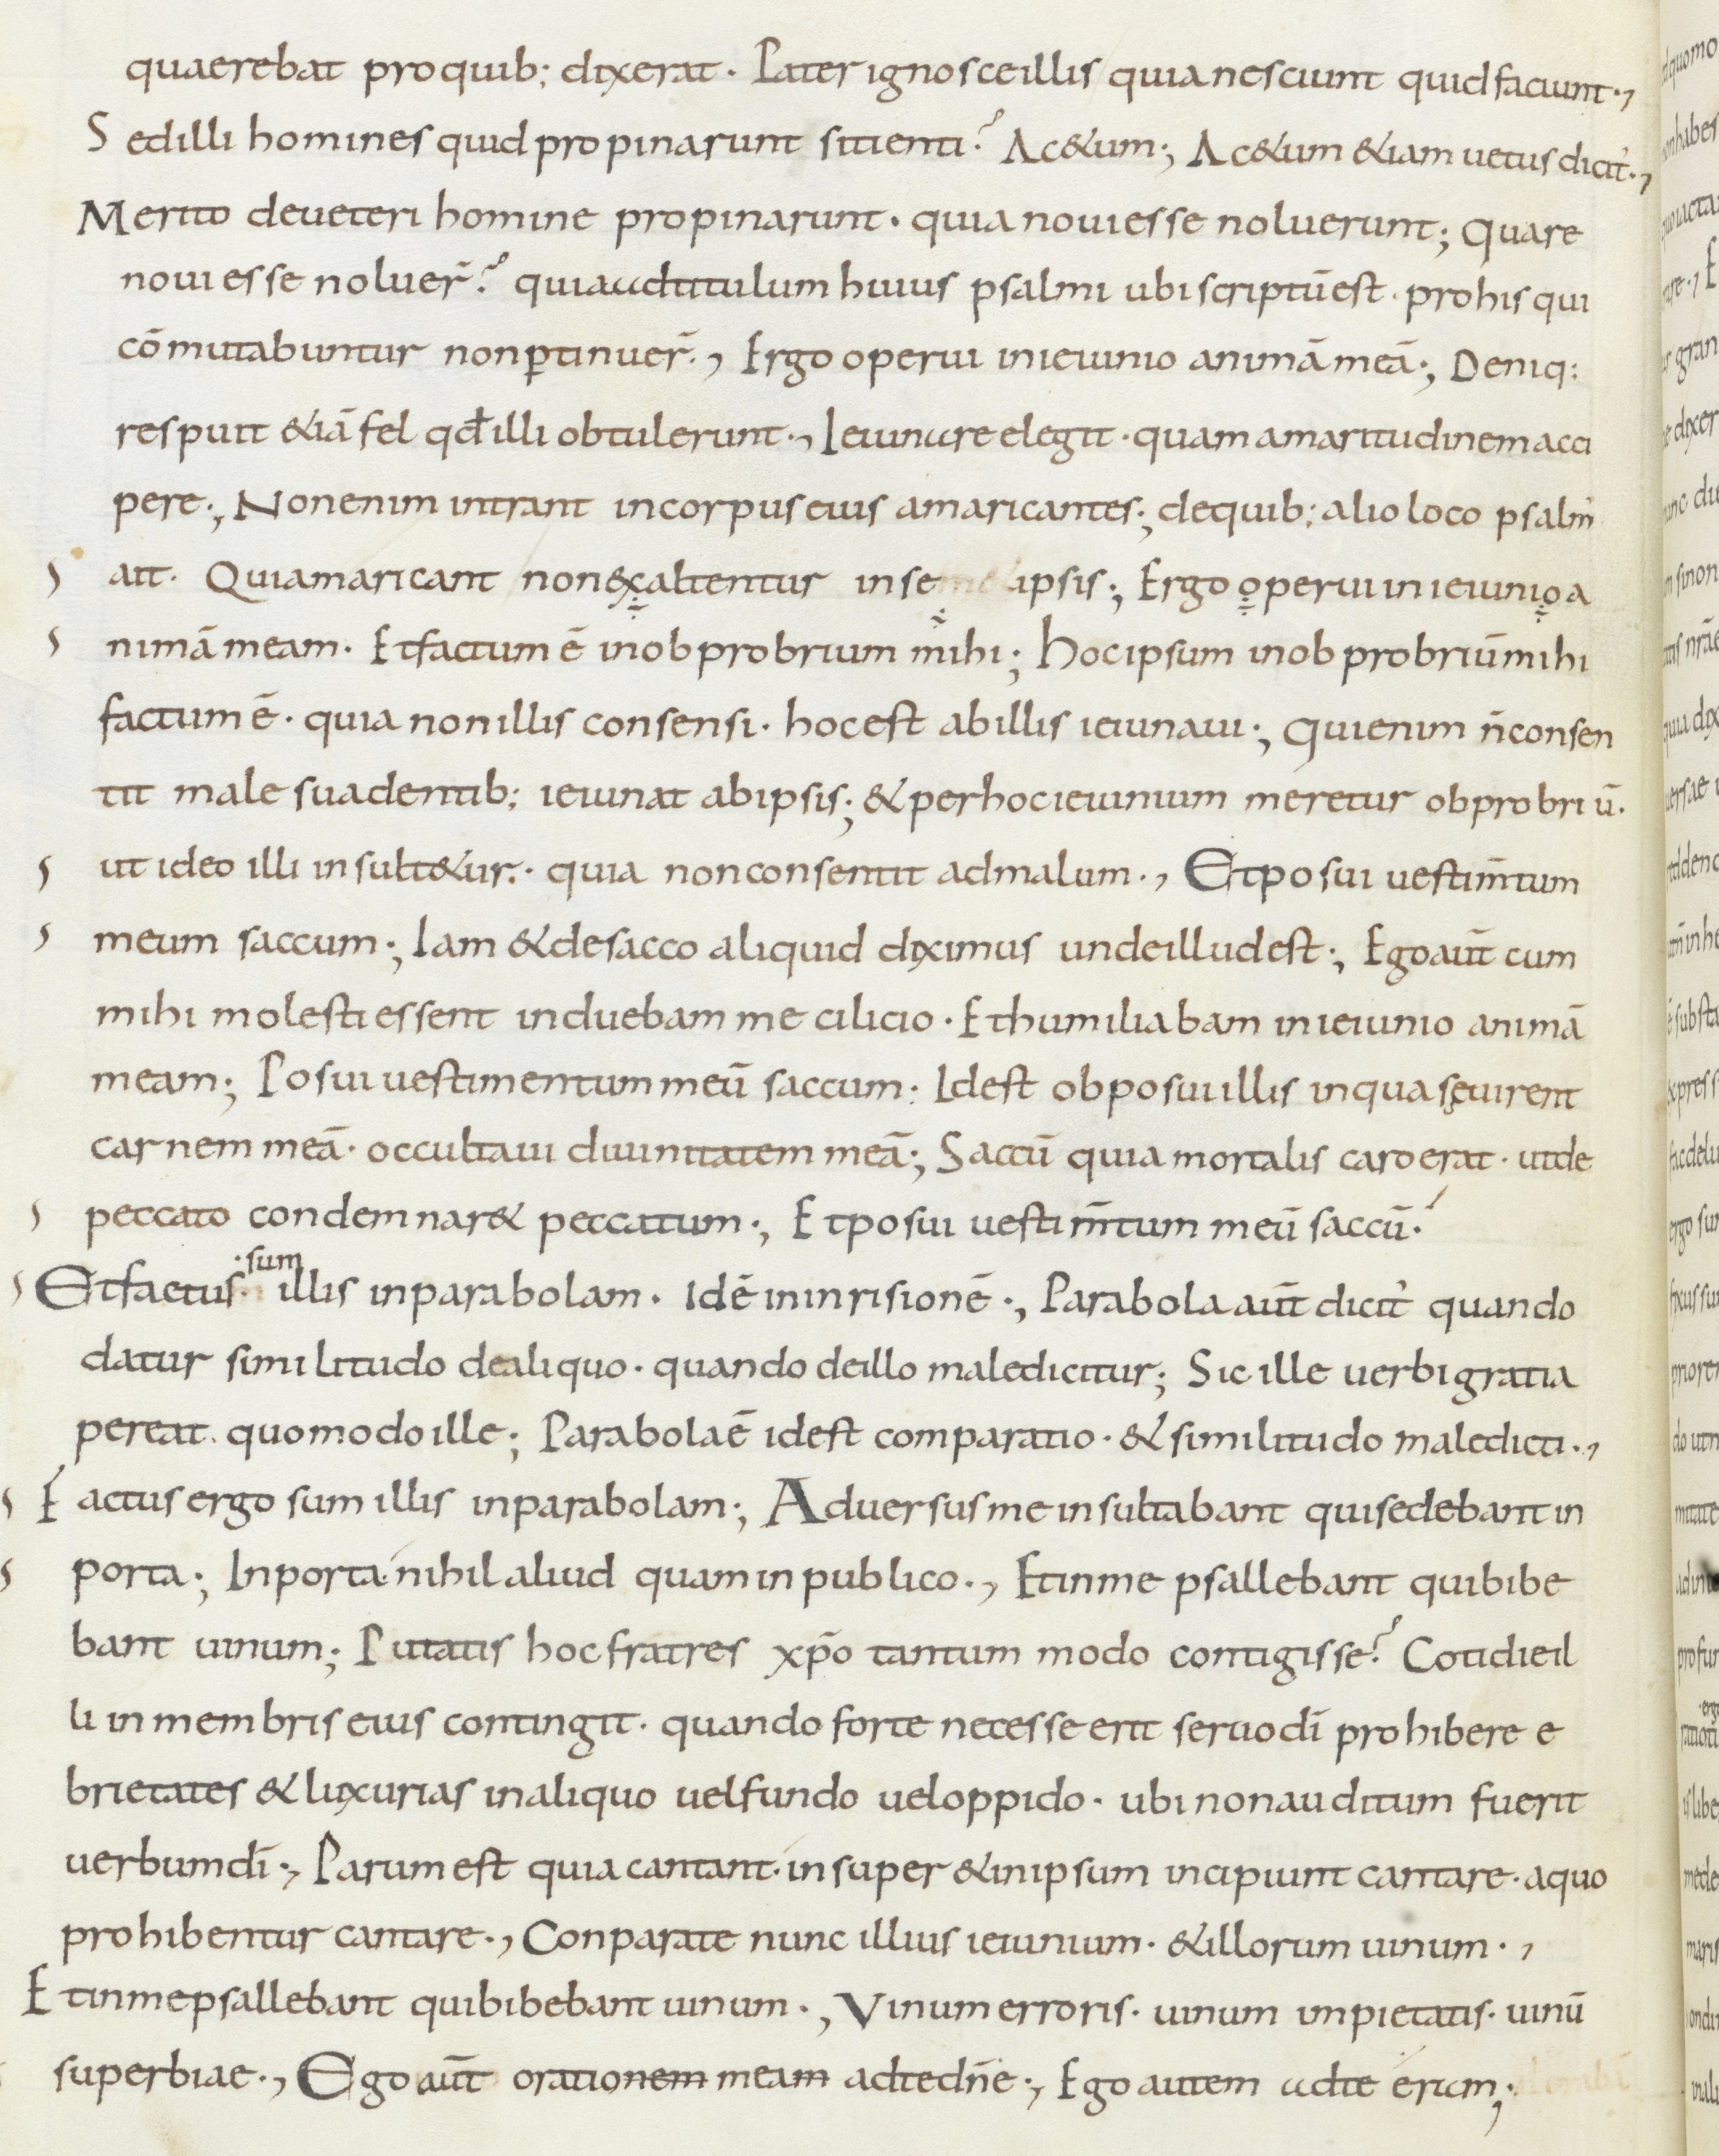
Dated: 800–899